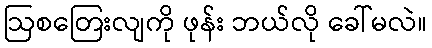
ဩစတြေးလျကို ဖုန်း ဘယ်လို ခေါ်မလဲ။